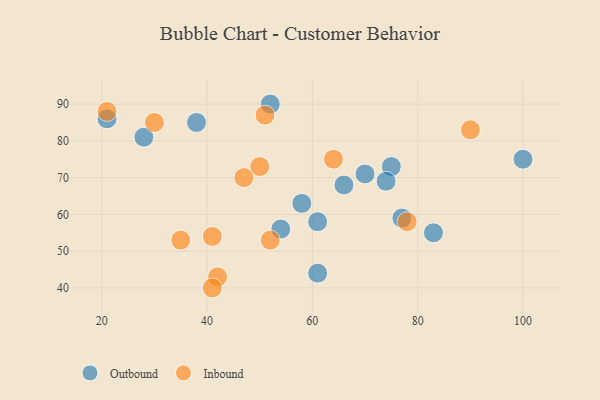
{"axis": {"x": "GDP", "y": "Life Expectancy"}, "legend": ["Inbound", "Outbound"], "data": [{"x": "61", "y": 58, "type": "Outbound"}, {"x": "58", "y": 63, "type": "Outbound"}, {"x": "54", "y": 56, "type": "Outbound"}, {"x": "100", "y": 75, "type": "Outbound"}, {"x": "77", "y": 59, "type": "Outbound"}, {"x": "75", "y": 73, "type": "Outbound"}, {"x": "74", "y": 69, "type": "Outbound"}, {"x": "66", "y": 68, "type": "Outbound"}, {"x": "52", "y": 90, "type": "Outbound"}, {"x": "70", "y": 71, "type": "Outbound"}, {"x": "21", "y": 86, "type": "Outbound"}, {"x": "28", "y": 81, "type": "Outbound"}, {"x": "83", "y": 55, "type": "Outbound"}, {"x": "61", "y": 44, "type": "Outbound"}, {"x": "38", "y": 85, "type": "Outbound"}, {"x": "50", "y": 73, "type": "Inbound"}, {"x": "52", "y": 53, "type": "Inbound"}, {"x": "90", "y": 83, "type": "Inbound"}, {"x": "78", "y": 58, "type": "Inbound"}, {"x": "47", "y": 70, "type": "Inbound"}, {"x": "64", "y": 75, "type": "Inbound"}, {"x": "30", "y": 85, "type": "Inbound"}, {"x": "21", "y": 88, "type": "Inbound"}, {"x": "35", "y": 53, "type": "Inbound"}, {"x": "42", "y": 43, "type": "Inbound"}, {"x": "41", "y": 54, "type": "Inbound"}, {"x": "41", "y": 40, "type": "Inbound"}, {"x": "51", "y": 87, "type": "Inbound"}]}